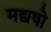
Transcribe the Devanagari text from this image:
मद्यषो